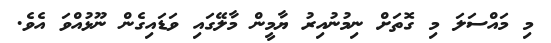
މި މައްސަލަ މި ގޮތަށް ނިމުނުއިރު ޔާމީން މާލޭގައި ވަޑައިގެން ނޫޅުއްވަ އެވެ.